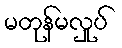
မတုန်မလှုပ်